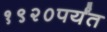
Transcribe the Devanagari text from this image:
१९२०पर्यंत